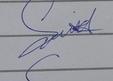
Signature authenticity: genuine